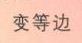
变等边